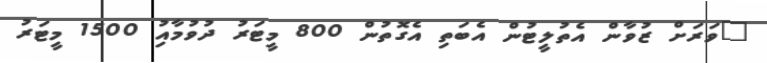
"ވަރަށް ޒުވާން އެތުލީޓުން އެބަތި އެގޮތުން 800 މީޓަރު ދުވުމާއިު 1500 މީޓަރު